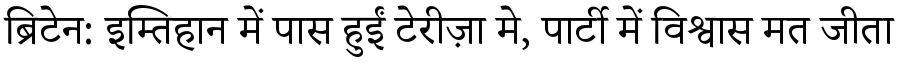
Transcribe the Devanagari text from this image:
ब्रिटेन: इम्तिहान में पास हुईं टेरीज़ा मे, पार्टी में विश्वास मत जीता